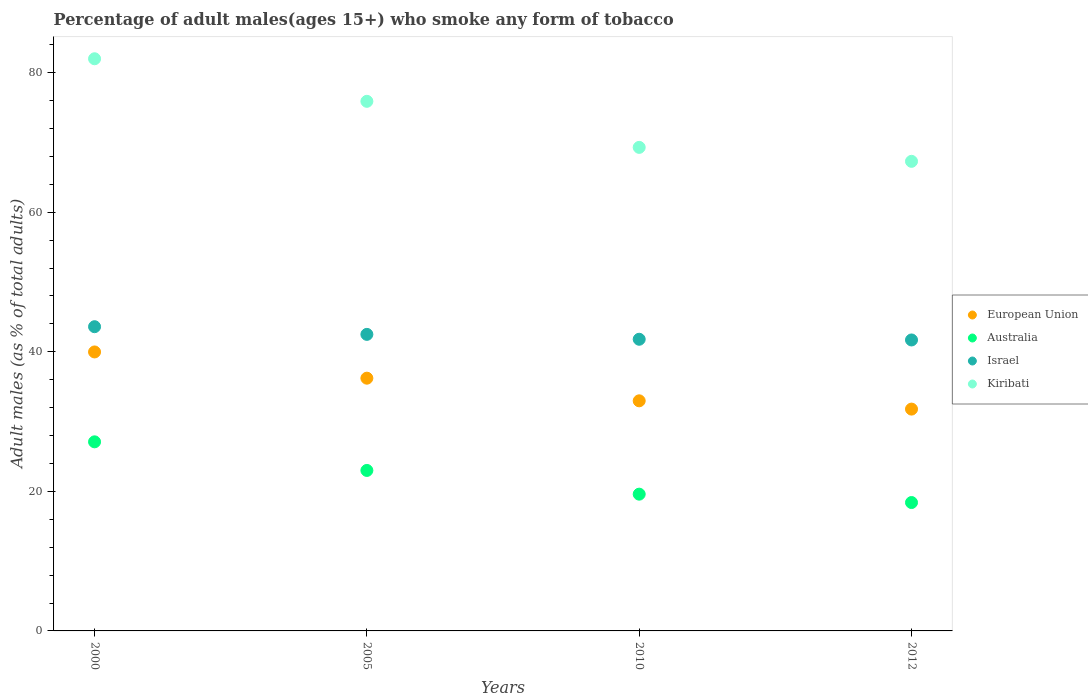
| Years | European Union | Australia | Israel | Kiribati |
 | --- | --- | --- | --- | --- |
 | 2000 | 40 | 27.1 | 43.6 | 82 |
 | 2005 | 36.2 | 23 | 42.5 | 75.9 |
 | 2010 | 33 | 19.6 | 41.8 | 69.3 |
 | 2012 | 31.8 | 18.4 | 41.7 | 67.3 |